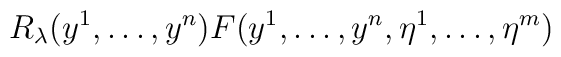
R_\lambda(y^1, \dots, y^n) F(y^1, \dots, y^n, \eta^1,\dots, \eta^m)